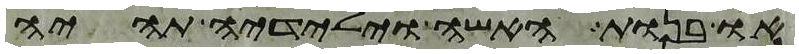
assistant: או בנות האשה וילידיה תהיה